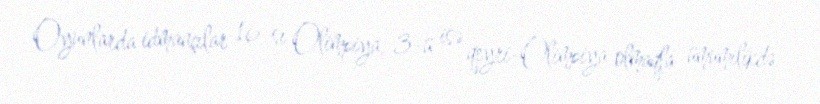
Oyunlarda idmançılar 16-sı Olimpiya, 3-ü isə qeyri-Olimpiya olmaqla ümumilikdə